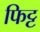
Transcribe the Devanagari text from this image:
फिट्ट